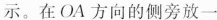
示。在OA方向的侧旁放一